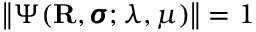
\left\| \Psi ( \mathbf { R } , \pmb { \sigma } ; \lambda , \mu ) \right\| = 1